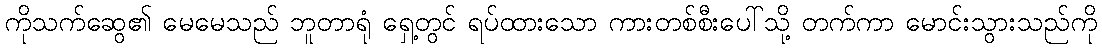
ကိုသက်ဆွေ၏ မေမေသည် ဘူတာရုံ ရှေ့တွင် ရပ်ထားသော ကားတစ်စီးပေါ်သို့ တက်ကာ မောင်းသွားသည်ကို